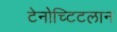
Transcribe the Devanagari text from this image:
टेनोच्टिटलान